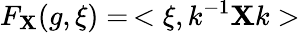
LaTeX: F_{\mathbf{X}}(g,\xi)=\, <\xi,k^{-1}\mathbf{X}k>